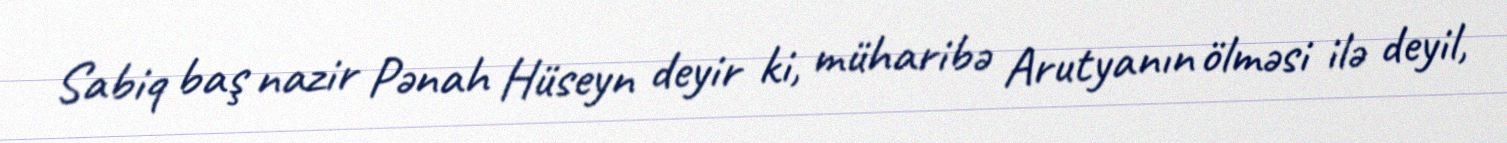
Sabiq baş nazir Pənah Hüseyn deyir ki, müharibə Arutyanın ölməsi ilə deyil,